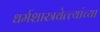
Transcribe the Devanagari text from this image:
धर्मशास्त्रवेत्त्यांच्या